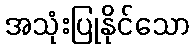
အသုံးပြုနိုင်သော